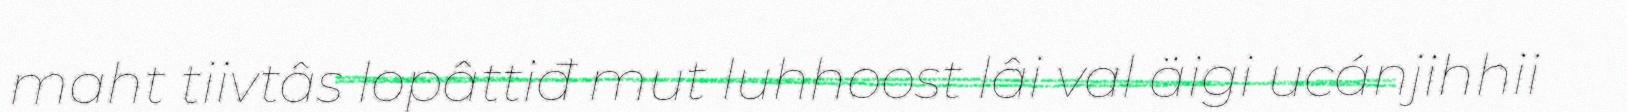
maht tiivtâs lopâttiđ mut luhhoost lâi val äigi ucánjihhii